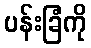
ပန်းခြံကို